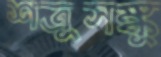
শত্রুসঙ্কু